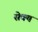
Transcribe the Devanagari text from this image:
सेक्य